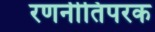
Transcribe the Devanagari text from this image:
रणनीतिपरक